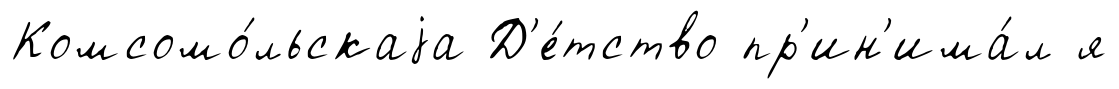
Комсомо́льскаjа Д'е́тство пр'ин'има́л я